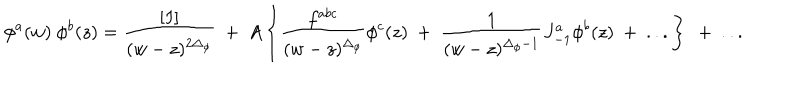
\phi ^ { a } ( w ) ~ \phi ^ { b } ( z ) = { \frac { [ I ] } { ( w - z ) ^ { 2 \Delta _ { \phi } } } } ~ + ~ A \left\{ { \frac { f ^ { a b c } } { ( w - z ) ^ { \Delta _ { \phi } } } } \phi ^ { c } ( z ) ~ + ~ { \frac { 1 } { ( w - z ) ^ { \Delta _ { \phi } - 1 } } } J _ { - 1 } ^ { a } \phi ^ { b } ( z ) { } ~ + ~ . . . \right\} ~ + ~ . . .